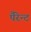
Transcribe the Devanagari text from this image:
पैरेन्ट